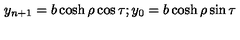
y _ { n + 1 } = b \cosh \rho \cos \tau ; y _ { 0 } = b \cosh \rho \sin \tau